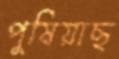
পুষিয়াছ